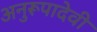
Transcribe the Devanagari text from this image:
अनुरूपादेवी